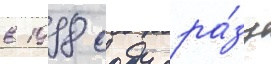
в 1998 году сра́зу